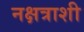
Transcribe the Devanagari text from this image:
नक्षत्राशी